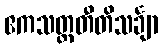
ဧကသတ္တတီတိသင်္ချာ